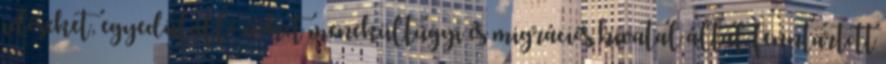
időseket, egyedülálló nőket menekültügyi és migrációs hivatal által fenntartott